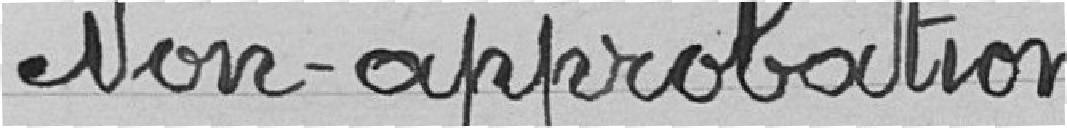
Non-approbation)